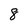
Character: 8